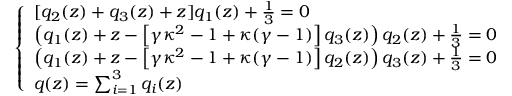
\left\{ \begin{array} { l l } { [ q _ { 2 } ( z ) + q _ { 3 } ( z ) + z ] q _ { 1 } ( z ) + \frac 1 3 = 0 } \\ { \left( q _ { 1 } ( z ) + z - \left[ \gamma \kappa ^ { 2 } - 1 + \kappa ( \gamma - 1 ) \right] q _ { 3 } ( z ) \right) q _ { 2 } ( z ) + \frac 1 3 = 0 } \\ { \left( q _ { 1 } ( z ) + z - \left[ \gamma \kappa ^ { 2 } - 1 + \kappa ( \gamma - 1 ) \right] q _ { 2 } ( z ) \right) q _ { 3 } ( z ) + \frac 1 3 = 0 } \\ { q ( z ) = \sum _ { i = 1 } ^ { 3 } q _ { i } ( z ) } \end{array} \right.